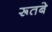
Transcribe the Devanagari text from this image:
रूतबे